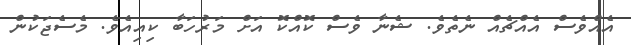
އެއްވެސް އެއްޗެއް ނެތެވެ. ޝެނާ ވެސް ކޮއްކޮ އަށް މަރުހަބާ ކިއިއެވެ. މެސެޖަކުން